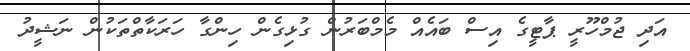
އަދި ޖުމްހޫރީ ޕާޓީގެ އިސް ބައެއް މެމްބަރުން ގުޅިގެން ހިންގާ ހަރަކާތްތަކުން ނަޝީދު